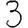
Digit: 3